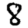
Digit: 8